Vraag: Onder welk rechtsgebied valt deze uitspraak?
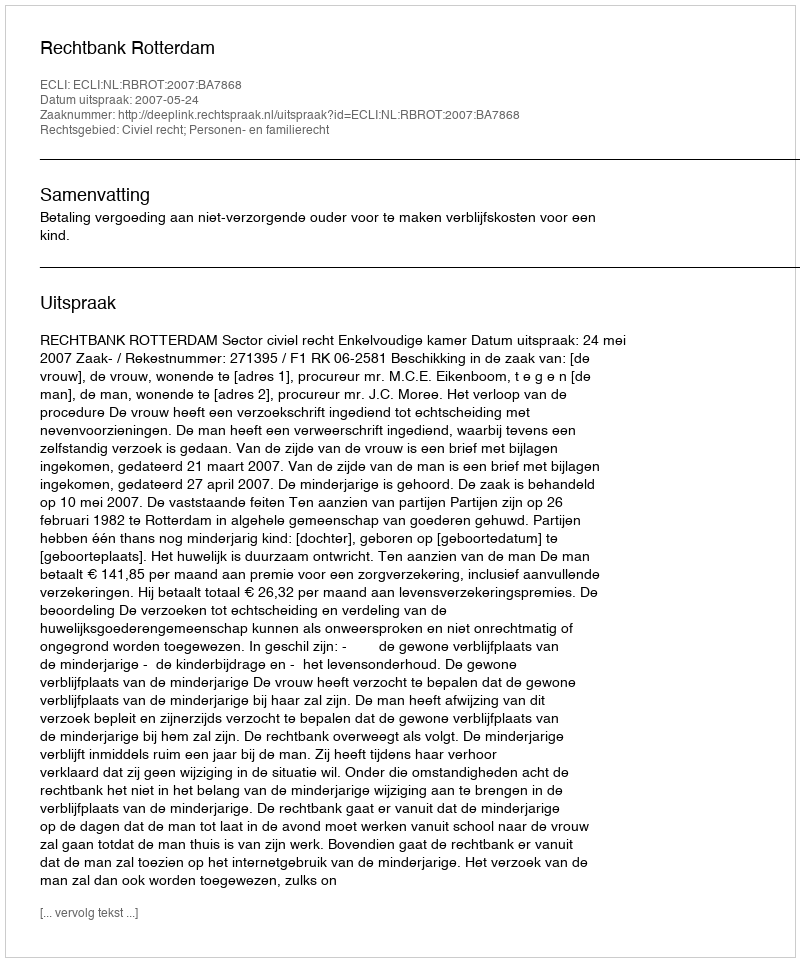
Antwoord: Civiel recht; Personen- en familierecht